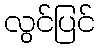
လွင်ပြင်